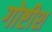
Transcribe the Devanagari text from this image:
गोष्टीश